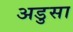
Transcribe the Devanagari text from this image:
अडुसा